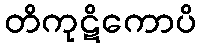
တိကုဋိကောပိ